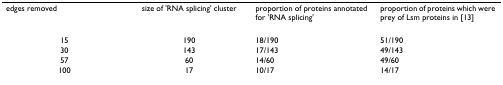
<table><thead><tr><td><b>edges removed</b></td><td><b>size of &#x27;RNA splicing&#x27; cluster</b></td><td><b>proportion of proteins annotated for &#x27;RNA splicing&#x27;</b></td><td><b>proportion of proteins which were prey of Lsm proteins in [13]</b></td></tr></thead><tbody><tr><td>15</td><td>190</td><td>18/190</td><td>51/190</td></tr><tr><td>30</td><td>143</td><td>17/143</td><td>49/143</td></tr><tr><td>57</td><td>60</td><td>14/60</td><td>49/60</td></tr><tr><td>100</td><td>17</td><td>10/17</td><td>14/17</td></tr></tbody></table>